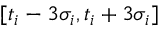
[ t _ { i } - 3 \sigma _ { i } , t _ { i } + 3 \sigma _ { i } ]